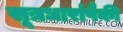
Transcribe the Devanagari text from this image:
सूत्रधारांपैकी